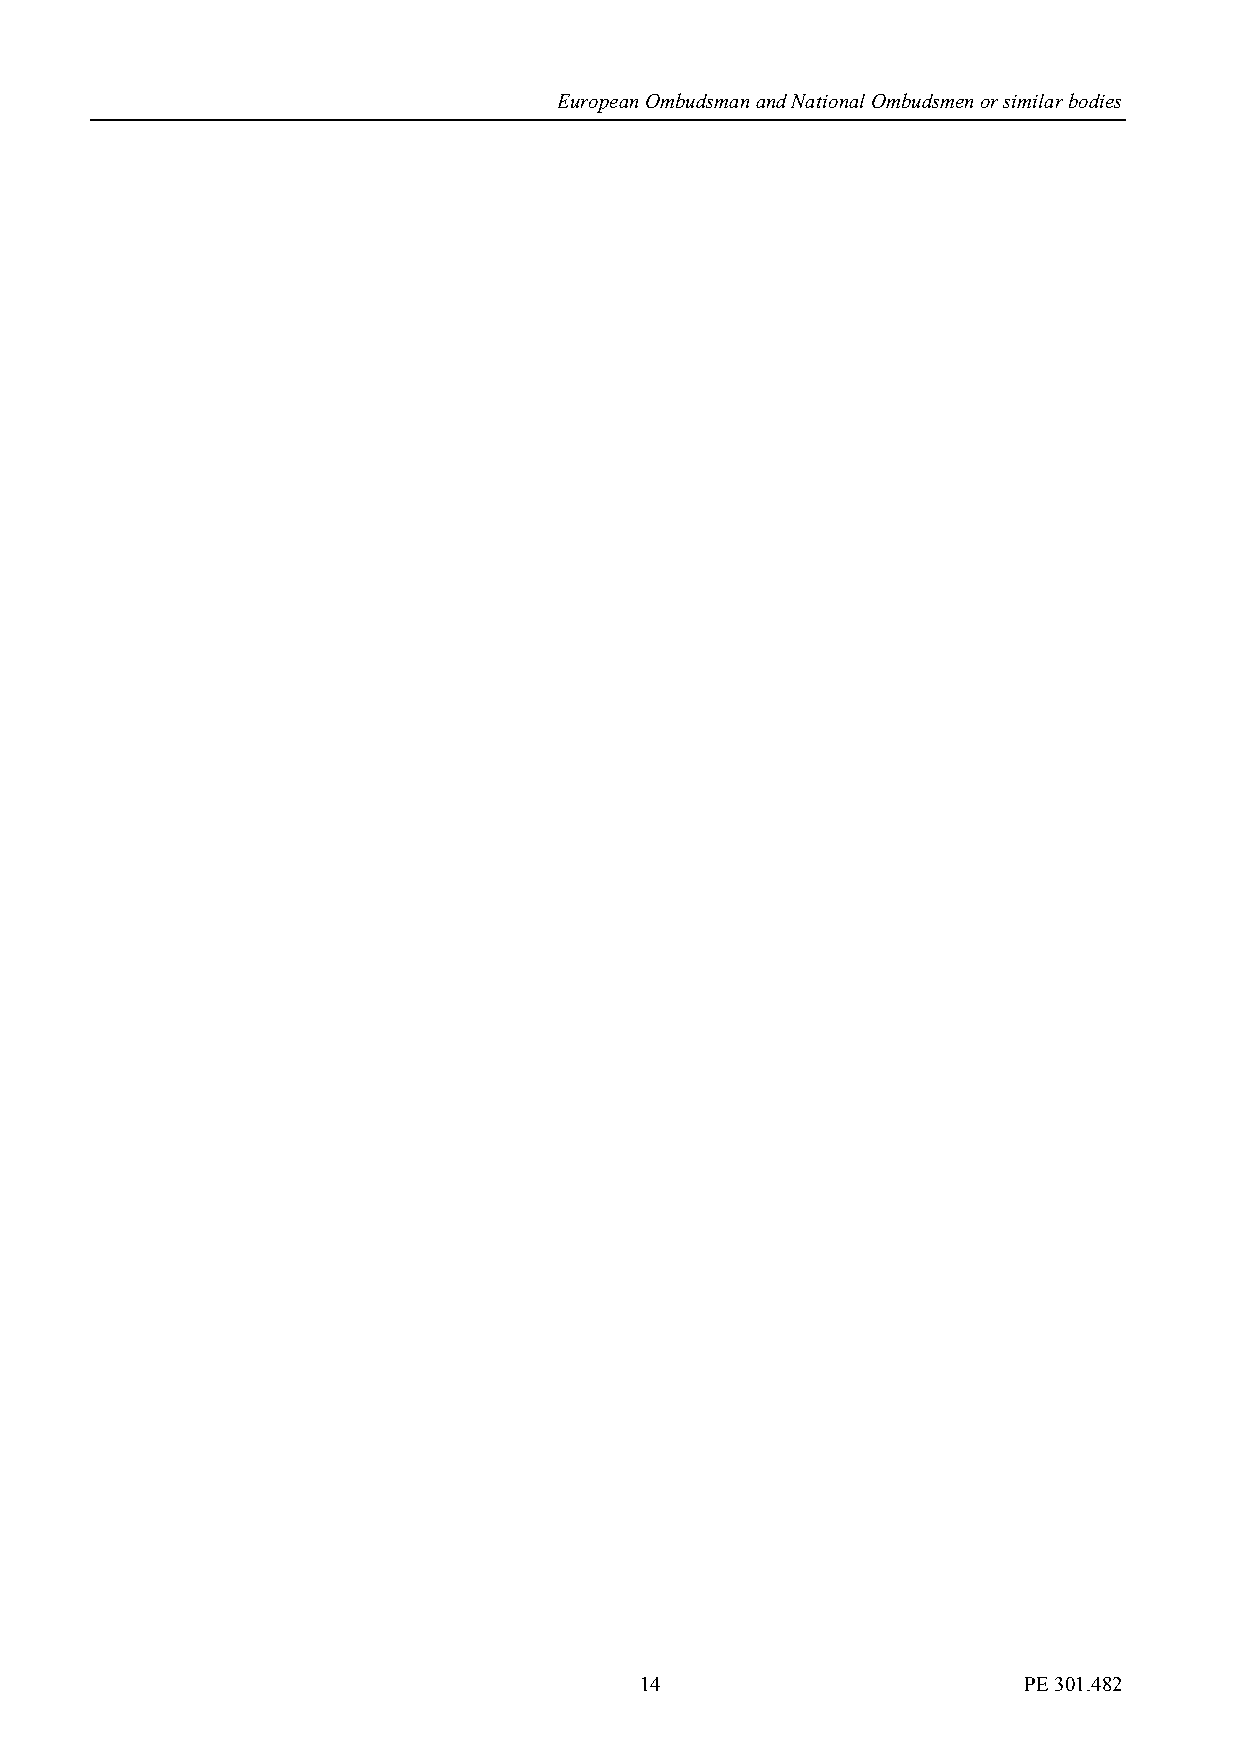
European Ombudsman and National Ombudsmen or similar bodies
 14                        PE 301.482